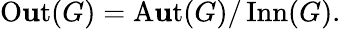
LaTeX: \operatorname{O\mathbf{u}t}(G)=\operatorname{A\mathbf{u}t}(G)/\operatorname{Inn}(G).